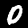
Digit: 0